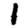
Digit: 1